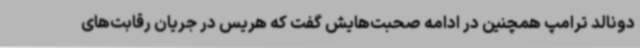
دونالد ترامپ همچنین در ادامه صحبت‌هایش گفت که هریس در جریان رقابت‌های